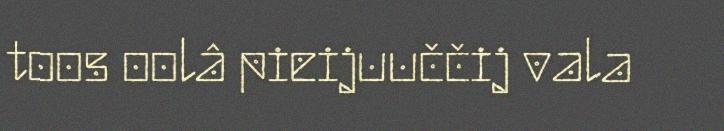
toos oolâ pieijuuččij vala